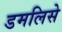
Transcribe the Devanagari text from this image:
डमलिसे